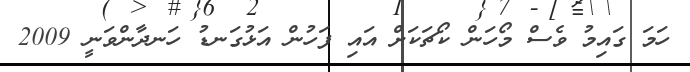
ހަމަ ގައިމު ވެސް މޯހަން ކޯޗަކަށް އައި ފަހުން އަޅުގަނޑު ހަނދާންވަނީ 2009